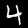
Label: 4